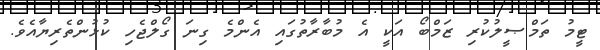
ޓީމު ތަމްޞީލުކުރި ޒަމްބޯ އަކީ އެ މުބާރާތުގައި އެންމެ ގިނަ ގޯލްޖެހި ކުޅުންތެރިޔާއެވެ.